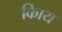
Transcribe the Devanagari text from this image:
किाय